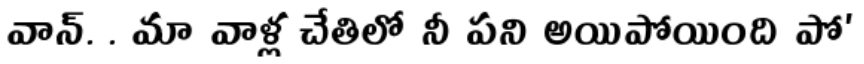
వాన్. . మా వాళ్ల చేతిలో నీ పని అయిపోయింది పో'